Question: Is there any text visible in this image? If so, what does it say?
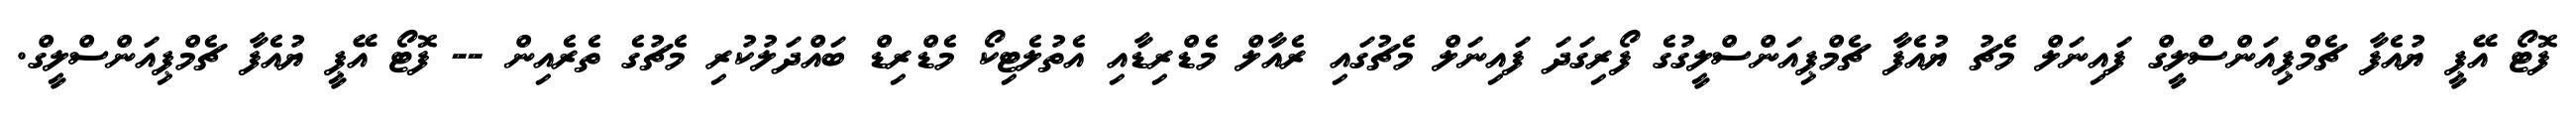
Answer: ފޮޓޯ އޭޕީ ޔުއެފާ ޗެމްޕިއަންސްލީގް ފައިނަލް މެޗު ޔުއެފާ ޗެމްޕިއަންސްލީގުގެ ފޯރިގަދަ ފައިނަލް މެޗުގައި ރެއާލް މެޑްރިޑާއި އެތުލެޓިކޯ މެޑްރިޑް ބައްދަލުކުރި މެޗުގެ ތެރެއިން -- ފޮޓޯ އޭޕީ ޔުއެފާ ޗެމްޕިއަންސްލީގް.